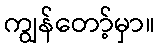
ကျွန်တော့်မှာ။